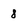
Character: 8